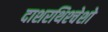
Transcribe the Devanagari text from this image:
दाशरथिश्‍चेशो